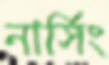
নার্সিং